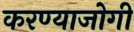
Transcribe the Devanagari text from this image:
करण्‍याजोगी